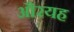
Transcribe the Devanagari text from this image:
औरयह